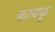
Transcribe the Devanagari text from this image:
कायकू